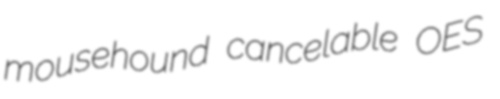
mousehound cancelable OES